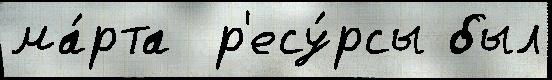
ма́рта  р'есу́рсы был